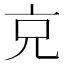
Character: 𠑽